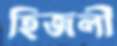
হিজলী